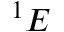
^ 1 E